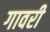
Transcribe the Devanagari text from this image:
गावरी